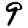
Digit: 9